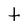
Character: t